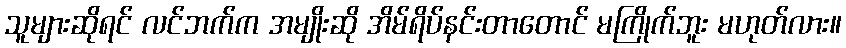
သူများဆိုရင် လင်ဘက်က အမျိုးဆို အိမ်ရိပ်နင်းတာတောင် မကြိုက်ဘူး မဟုတ်လား။